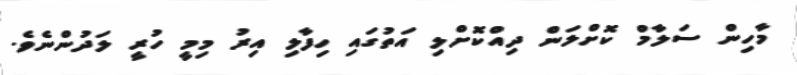
މާހިން ސަލާމް ކޮށްލަން ދިއްކޮށްލި އަތުގައި ހިފާލި އިރު މިމީ ހުރީ ލަދުންނެވެ.